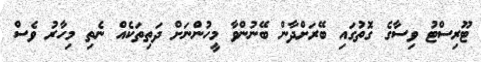
ޓޫރިސްޓު ވިސާގެ ގޮތުގައި ބޭރަށްދާން ބޭނުންވާ މީހުންނަށް ދަތިތަކެއް ނެތި މިހާރު ވެސް